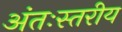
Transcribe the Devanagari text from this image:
अंतःस्तरीय